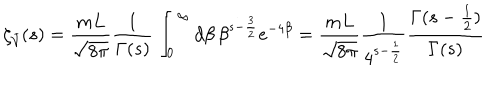
LaTeX: \zeta _ { \bar { \cal V } } ( s ) = \frac { m L } { \sqrt { 8 \pi } } \frac { 1 } { \Gamma ( s ) } \int _ { 0 } ^ { \infty } d \beta \, \beta ^ { s - \frac { 3 } { 2 } } e ^ { - 4 \beta } = \frac { m L } { \sqrt { 8 \pi } } \frac { 1 } { 4 ^ { s - \frac { 1 } { 2 } } } \frac { \Gamma ( s - \frac { 1 } { 2 } ) } { \Gamma ( s ) }